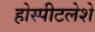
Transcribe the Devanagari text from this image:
होस्पीटलेशे